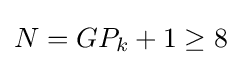
N=GP_{k}+1\geq 8